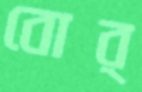
বোর্